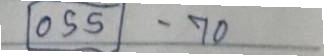
055 - 70